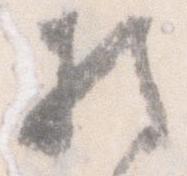
持